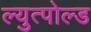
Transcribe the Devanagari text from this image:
ल्युत्पोल्ड